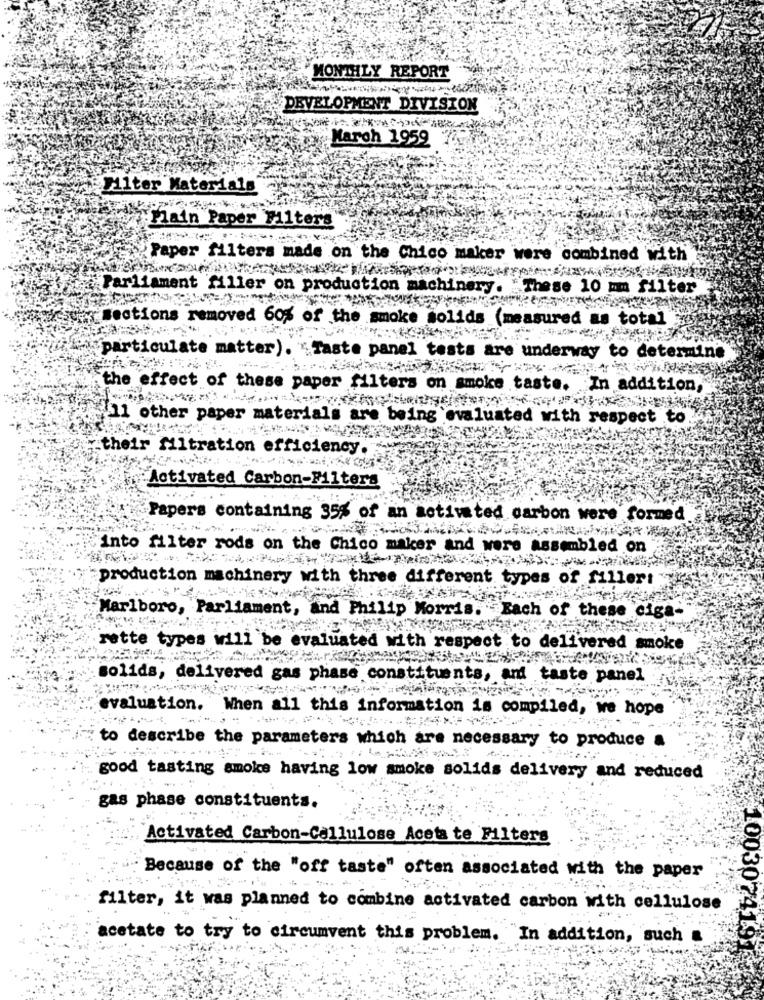
MONTHLY REPORT
DEVELOPMENT DIVISION
March 1959
Miter Materials
Plain Paper Filters
Paper filters made on the Chico maker were combined with
Parliament filler on production machinery. "These 10 mm filter
Bections removed 60% of the smoke solids (measured as total"
"particulate matter). "Taste panel tests a
underway to determine
the effect of these paper fil
on
In addition,
11 other paper materi
als
are being
valuated with respect to.
their filtre
efficiency.
Activated Carbon-Filter
Papers containing 35% of an activated carbon were formed
into filter rods on the Chico maker and were assembled on
production machinery with three different types of filler
Marlboro, Parliament, and Philip Morris. Each of these ciga-
rette types will be evaluated with respect to delivered smoke
solids, delivered gas phase constituents, and taste panel
evaluation. When all this information is compiled, we hope
to describe the parameters which are necessary to produce a
good tasting smoke having low smoke solids delivery and reduced
gas phase constituents.
Activated Carbon-Cellulose Aceta te Filters
Because of the "off taste" often associated with the paper
filter, it was planned to combine activated carbon with cellulose
10030741
acetate to try to circumvent this problem. "In addition, such